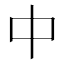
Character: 中